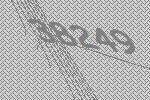
38249